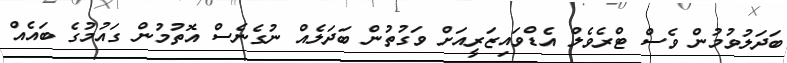
ބަދަލުވުމުން ވެސް ޓްރެވެލް އެޑްވައިޒަރީއަށް ވަގުތުން ބަދަލެއް ނުގެނެސް އޮތުމުން ގައުމުގެ ބައެއް